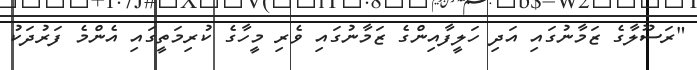
"ރަސޫލާގެ ޒަމާނުގައި އަދި ހަލީފާއިންގެ ޒަމާނުގައި ވެރި މީހާގެ ކުރިމަތީގައި އެންމެ ފަރުދަކު